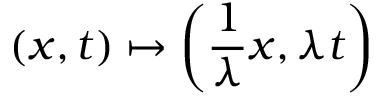
( x , t ) \mapsto \left( { \frac { 1 } { \lambda } } x , \lambda t \right)